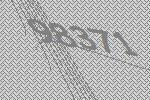
98371